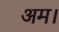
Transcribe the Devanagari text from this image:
अम।